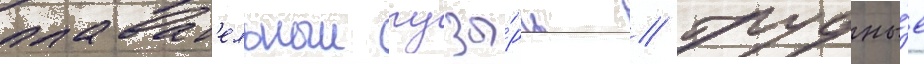
плават'ельныи пузы́рь // Грудны́е